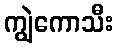
ကျွဲကောသီး